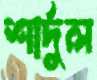
শার্দুল